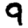
Digit: 9